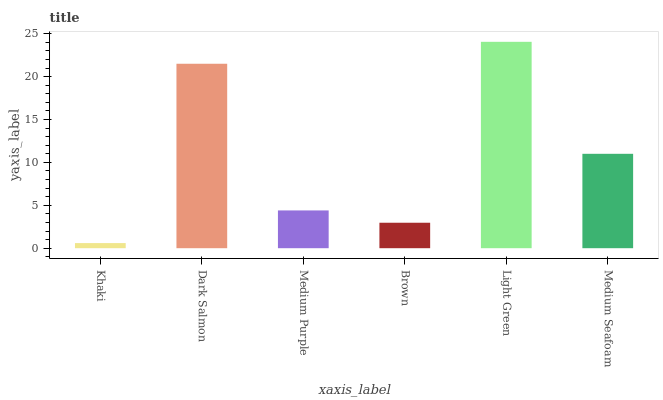
| xaxis_label | bars |
 | --- | --- |
 | Khaki | 0.596 |
 | Dark Salmon | 21.5 |
 | Medium Purple | 4.4 |
 | Brown | 2.97 |
 | Light Green | 24.1 |
 | Medium Seafoam | 11 |